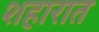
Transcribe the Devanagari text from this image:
शहारात